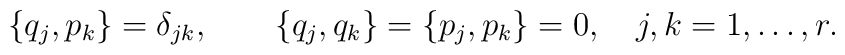
\{q_{j},p_{k}\}=\delta_{jk},\qquad \{q_{j},q_{k}\}=  \{p_{j},p_{k}\}=0,\quad j,k=1,\ldots,r.